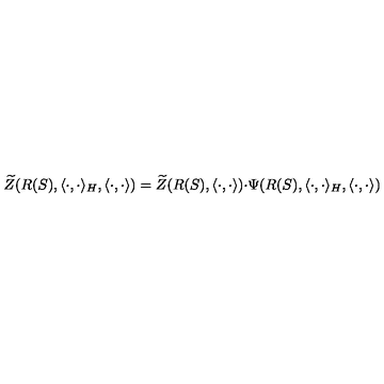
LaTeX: \widetilde { Z } ( R ( S ) , \langle \cdot , \cdot \rangle _ { H } , \langle \cdot , \cdot \rangle ) = \widetilde { Z } ( R ( S ) , \langle \cdot , \cdot \rangle ) { \cdot } \Psi ( R ( S ) , \langle \cdot , \cdot \rangle _ { H } , \langle \cdot , \cdot \rangle )